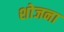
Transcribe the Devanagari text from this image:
शोजना